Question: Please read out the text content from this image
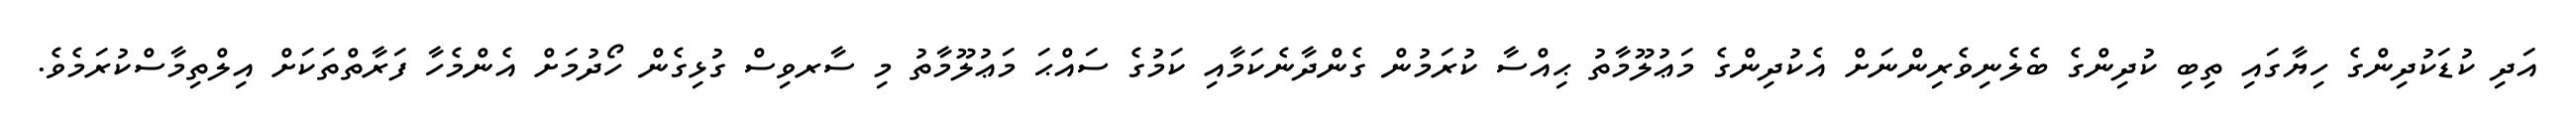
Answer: އަދި ކުޑަކުދިންގެ ހިޔާގައި ތިބި ކުދިންގެ ބެލެނިވެރިންނަށް އެކުދިންގެ މަޢުލޫމާތު ޙިއްސާ ކުރަމުން ގެންދާނެކަމާއި ކަމުގެ ސައްޙަ މަޢުލޫމާތު މި ސާރވިސް ގުޅިގެން ހޯދުމަށް އެންމެހާ ފަރާތްތަކަށް އިލްތިމާސްކުރަމެވެ.